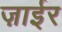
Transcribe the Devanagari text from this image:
ज़ाईर